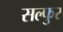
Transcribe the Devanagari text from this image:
सल्फुर